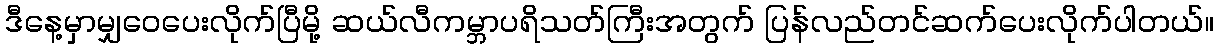
ဒီနေ့မှာမျှဝေပေးလိုက်ပြီမို့ ဆယ်လီကမ္ဘာပရိသတ်ကြီးအတွက် ပြန်လည်တင်ဆက်ပေးလိုက်ပါတယ်။